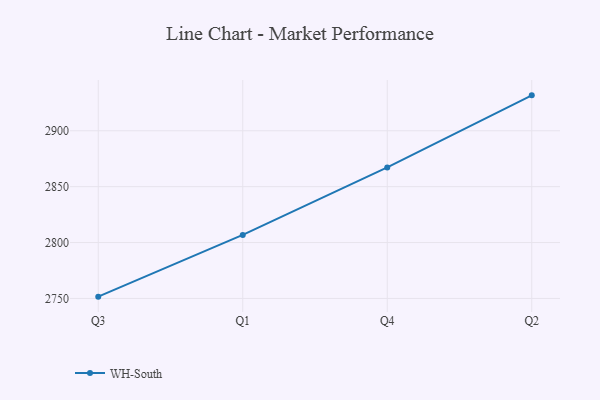
{"axis": {"x": "Quarter", "y": "LTV (USD)"}, "legend": ["WH-South"], "data": [{"x": "Q3", "y": 2751.6, "type": "WH-South"}, {"x": "Q1", "y": 2806.8, "type": "WH-South"}, {"x": "Q4", "y": 2867.2, "type": "WH-South"}, {"x": "Q2", "y": 2931.7, "type": "WH-South"}]}